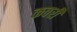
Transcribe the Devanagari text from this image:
कवरी